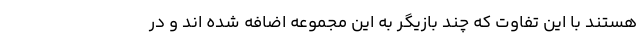
هستند با این تفاوت که چند بازیگر به این مجموعه اضافه شده اند و در